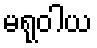
မရုဝါယ